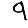
Digit: 9